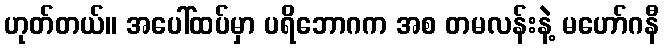
ဟုတ်တယ်။ အပေါ်ထပ်မှာ ပရိဘောဂက အစ တမလန်းနဲ့ မဟော်ဂနီ